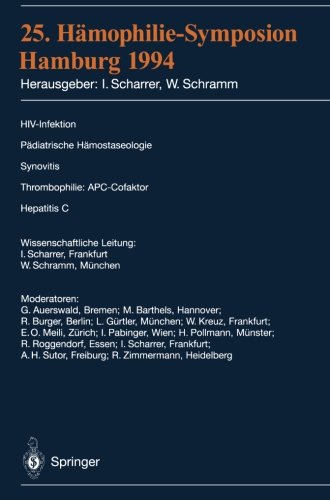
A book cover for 25. HÃ¤mophilie-Symposium Hamburg 1994: Verhandlungsberichte: HIV-Infektion PÃ¤diatrische HÃ¤mostaseologie Synovitis Thrombophilie: APC-Cofaktor Hepatitis C (German Edition); Health, Fitness & Dieting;